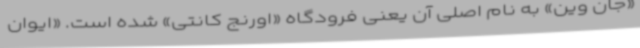
«جان وین» به نام اصلی آن یعنی فرودگاه «اورنج کانتی» شده است. «ایوان